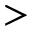
>